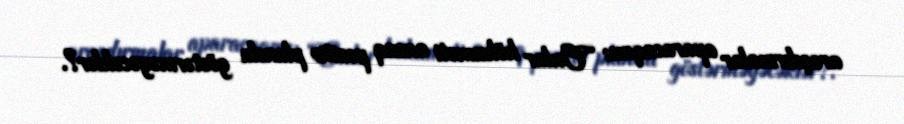
araşdırmalar aparacaqmı: “Onlar hökuməti ancaq pozitiv planda göstərməyəcəklər?.